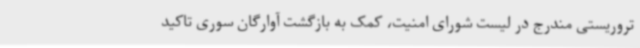
تروریستی مندرج در لیست شورای امنیت، کمک به بازگشت آوارگان سوری تاکید